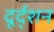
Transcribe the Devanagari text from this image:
दूर्द्शन